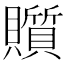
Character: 𧸲